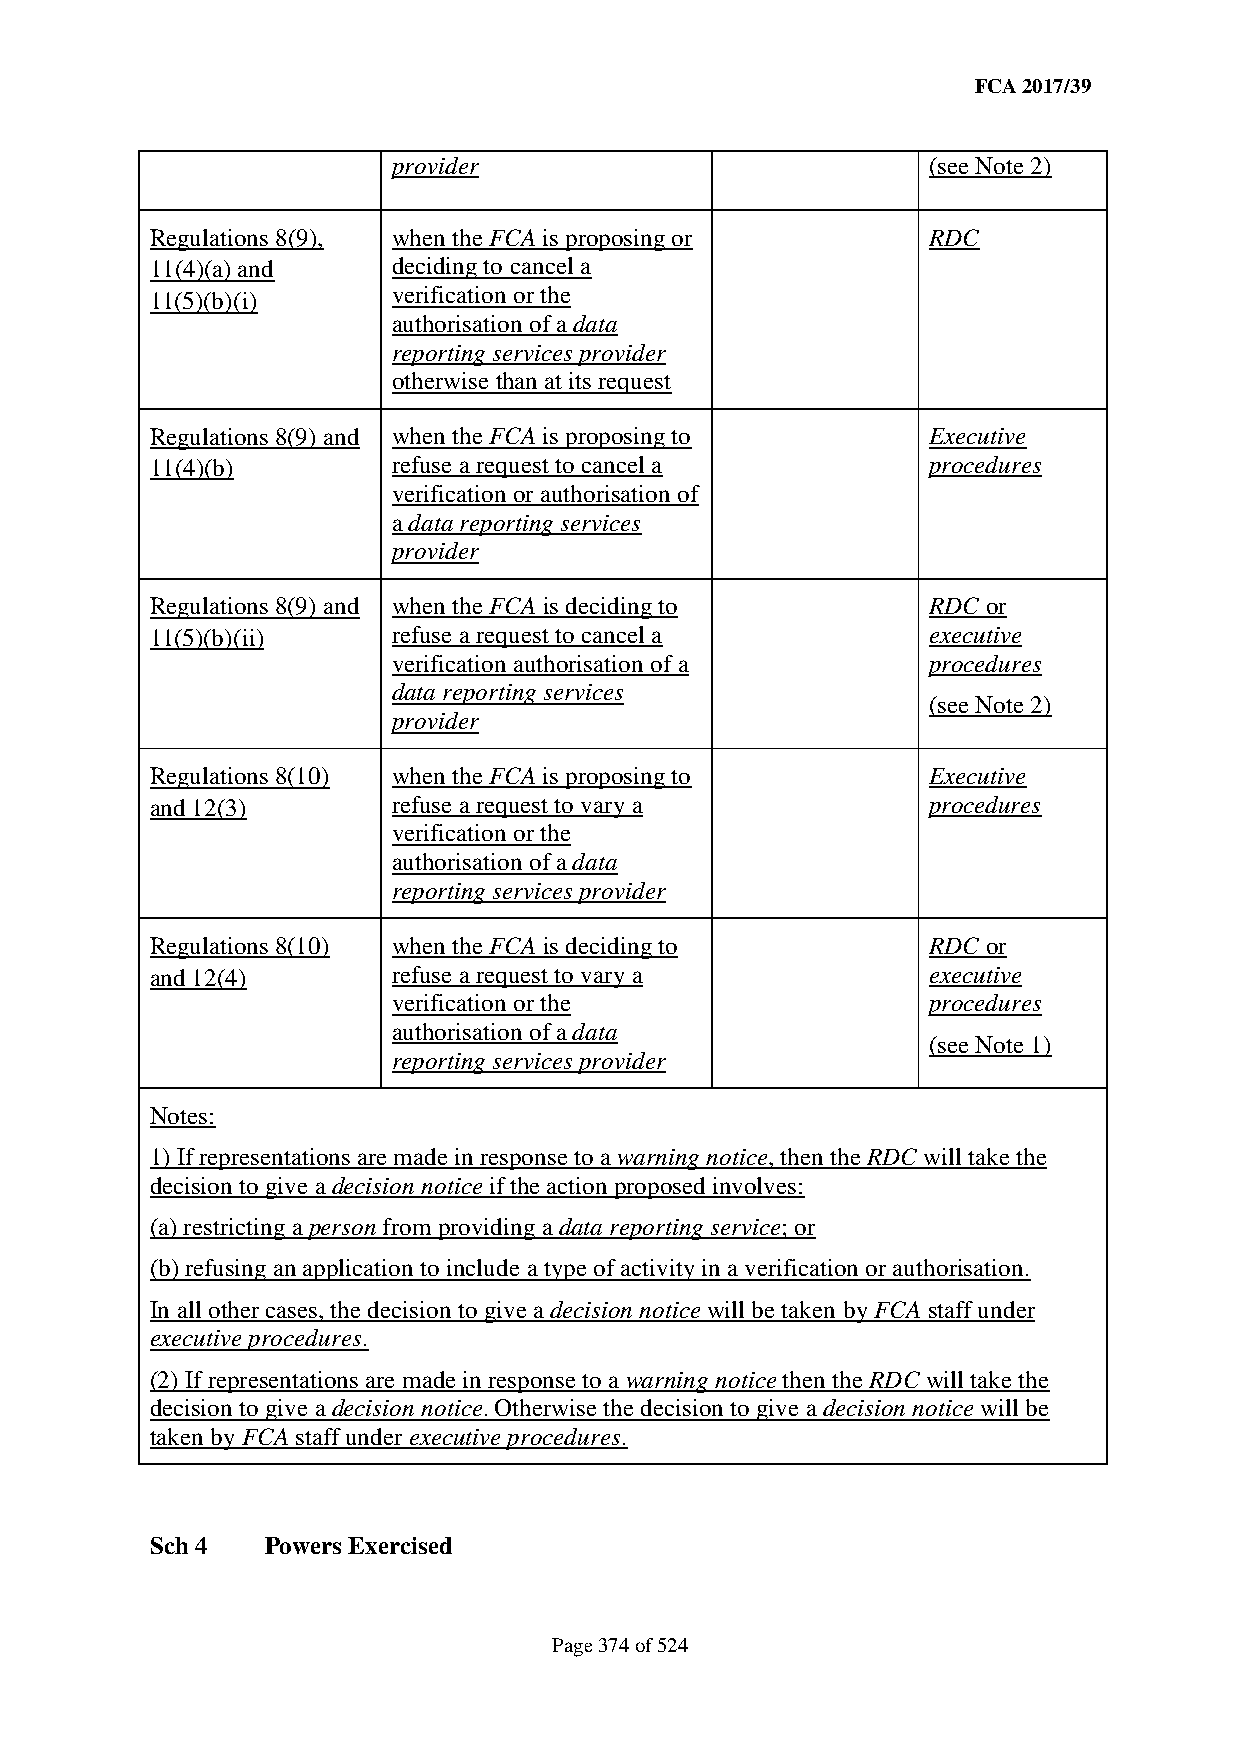
FCA 2017/39
 provider                           (see Note 2)
 Regulations 8(9), when the FCA is proposing or     RDC
 11(4)(a) and    deciding to cancel a
 11(5)(b)(i)     verification or the
 authorisation of a data
 reporting services provider
 otherwise than at its request
 Regulations 8(9) and when the FCA is proposing to  Executive
 11(4)(b)        refuse a request to cancel a       procedures
 verification or authorisation of
 a data reporting services
 provider
 Regulations 8(9) and when the FCA is deciding to   RDC or
 11(5)(b)(ii)    refuse a request to cancel a       executive
 verification authorisation of a    procedures
 data reporting services
 (see Note 2)
 provider
 Regulations 8(10) when the FCA is proposing to     Executive
 and 12(3)       refuse a request to vary a         procedures
 verification or the
 authorisation of a data
 reporting services provider
 Regulations 8(10) when the FCA is deciding to      RDC or
 and 12(4)       refuse a request to vary a         executive
 verification or the                procedures
 authorisation of a data
 (see Note 1)
 reporting services provider
 Notes:
 1) If representations are made in response to a warning notice, then the RDC will take the
 decision to give a decision notice if the action proposed involves:
 (a) restricting a person from providing a data reporting service; or
 (b) refusing an application to include a type of activity in a verification or authorisation.
 In all other cases, the decision to give a decision notice will be taken by FCA staff under
 executive procedures.
 (2) If representations are made in response to a warning notice then the RDC will take the
 decision to give a decision notice. Otherwise the decision to give a decision notice will be
 taken by FCA staff under executive procedures.
 Sch 4   Powers Exercised
 Page 374 of 524